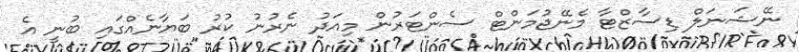
ނޭޝަނަލް ޑިސާޒްޓާ މެނޭޖުމަންޓް ސެންޓަރުން މިއަދު ނެރުނު ކުރު ބަޔާނެއްގައި ބުނީ އެ